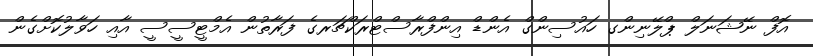
އޮފް ނޭޝަނަލް ޕްލޭނިންގ ހައުސިންގް އެންޑް އިންފްރާސްޓްރަކްޗަރގެ ފަރާތުން އެމްޓީސީސީ އާއި ހަވާލުކޮށްގެން